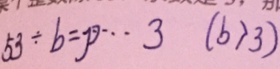
5 3 \div b = p \cdots 3 ( b > 3 )